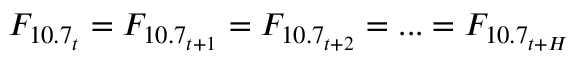
F _ { 1 0 . 7 _ { t } } = F _ { 1 0 . 7 _ { t + 1 } } = F _ { 1 0 . 7 _ { t + 2 } } = . . . = F _ { 1 0 . 7 _ { t + H } }